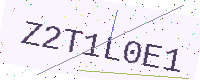
Text: Z2T1L0E1